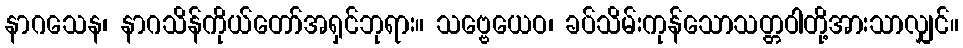
နာဂသေန၊ နာဂသိန်ကိုယ်တော်အရှင်ဘုရား။ သဗ္ဗေယေဝ၊ ခပ်သိမ်းကုန်သောသတ္တဝါတို့အားသာလျှင်။